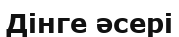
Дінге әсері